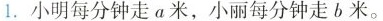
1.小明每分钟走a米，小丽每分钟走b米。